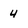
Character: 4